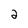
Character: 2